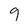
Character: 9